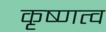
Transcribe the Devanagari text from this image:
कृष्णत्व